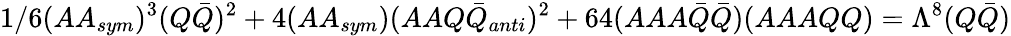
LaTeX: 1/6(AA_{sym})^{3}(Q{\bar{Q}})^{2}+4(AA_{sym})(AAQ{\bar{Q}}_{anti})^{2}+64(AAA{\bar{Q}}{\bar{Q}})(AAAQQ)=\Lambda^{8}(Q{\bar{Q}})